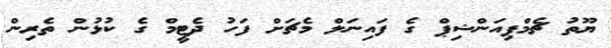
ޔޫތު ޗެމްޕިއަންޝިޕް ގެ ފައިނަލް މެޗަށް ފަހު ދެޓީމް ގެ ކުޅުން ތެރިން